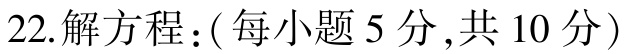
22.解方程：(每小题5分,共10分)